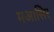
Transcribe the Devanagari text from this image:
मआसिर